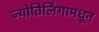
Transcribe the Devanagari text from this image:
ज्योतिर्लिंगामधून